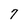
Character: 7